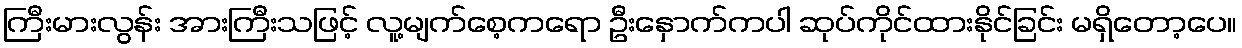
ကြီးမားလွန်း အားကြီးသဖြင့် လူ့မျက်စေ့ကရော ဦးနှောက်ကပါ ဆုပ်ကိုင်ထားနိုင်ခြင်း မရှိတော့ပေ။